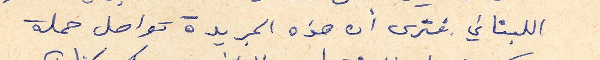
اللبناني فترى أن هذه الجريدة تواصل حملة